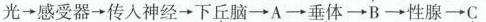
光\rightarrow感受器\rightarrow传入神经\rightarrow下丘脑\rightarrow A\rightarrow垂体\rightarrow B\rightarrow性腺\rightarrow C